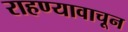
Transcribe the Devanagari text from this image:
राहण्यावाचून